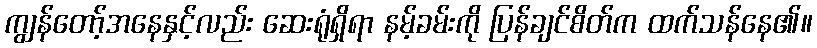
ကျွန်တော့်အနေနှင့်လည်း ဆေးရုံရှိရာ နမ့်ခမ်းကို ပြန်ချင်စိတ်က ထက်သန်နေ၏။